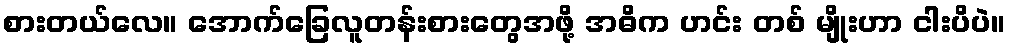
စားတယ်လေ။ အောက်ခြေလူတန်းစားတွေအဖို့ အဓိက ဟင်း တစ် မျိုးဟာ ငါးပိပဲ။